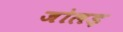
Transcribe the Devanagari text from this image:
जोलड़